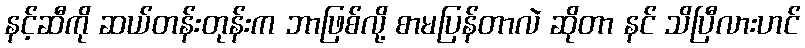
နင့်ဆီကို ဆယ်တန်းတုန်းက ဘာဖြစ်လို့ စာမပြန်တာလဲ ဆိုတာ နင် သိပြီလားဟင်